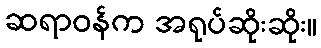
ဆရာဝန်က အရုပ်ဆိုးဆိုး။